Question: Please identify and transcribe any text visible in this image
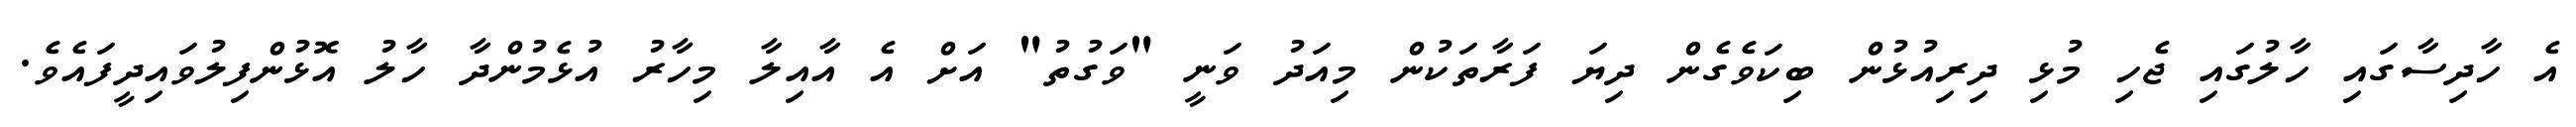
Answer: އެ ހާދިސާގައި ހާލުގައި ޖެހި މުޅި ދިރިއުޅުން ބިކަވެގެން ދިޔަ ފަރާތަކުން މިއަދު ވަނީ "ވަގުތު" އަށް އެ އާއިލާ މިހާރު އުޅެމުންދާ ހާލު އޮޅުންފިލުވައިދީފައެވެ.